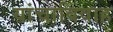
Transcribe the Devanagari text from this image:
यांचाविवाह